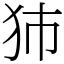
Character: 犻